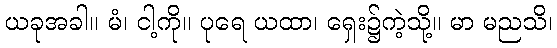
ယခုအခါ။ မံ၊ ငါ့ကို။ ပုရေ ယထာ၊ ရှေး၌ကဲ့သို့။ မာ မညသိ၊